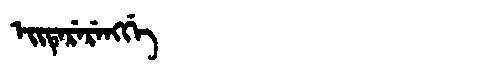
Manchu: ᡝᡳᡨᡝᡵᡝᡵᡝᠩᡤᡝ
Romanization: EITERERENGGE